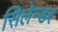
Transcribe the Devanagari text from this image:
सिलेन्डर